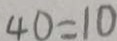
4 0 = 1 0